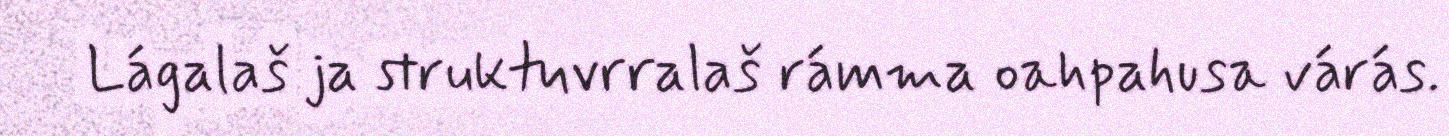
Lágalaš ja struktuvrralaš rámma oahpahusa várás.